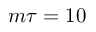
m \tau = 1 0